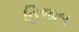
હિજાબ